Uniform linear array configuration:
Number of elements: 12
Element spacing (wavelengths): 0.5
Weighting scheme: hann
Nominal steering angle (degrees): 30
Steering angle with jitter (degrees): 30.456
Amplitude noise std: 0.05
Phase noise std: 0.05

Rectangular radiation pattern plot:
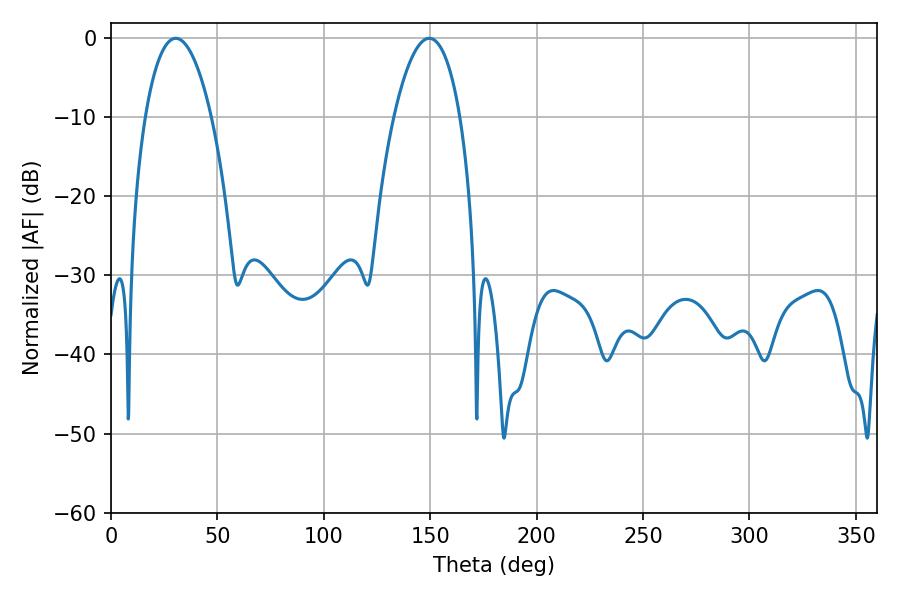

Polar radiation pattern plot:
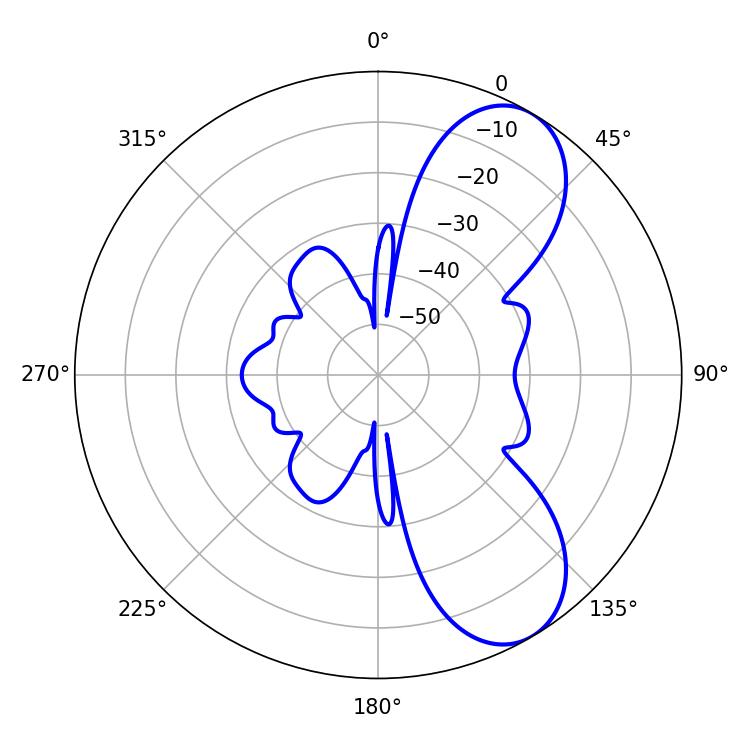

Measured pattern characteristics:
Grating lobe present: FALSE
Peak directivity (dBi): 7.824
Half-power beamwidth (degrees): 17.28
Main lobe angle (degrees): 30.42